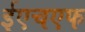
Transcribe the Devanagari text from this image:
ईएचएफ